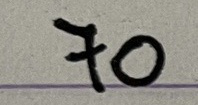
70